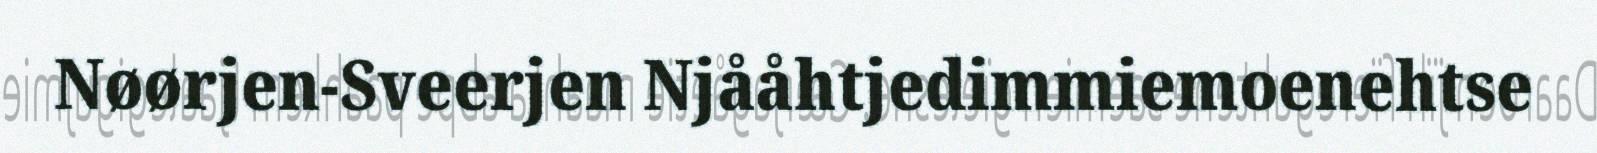
Nøørjen-Sveerjen Njååhtjedimmiemoenehtse